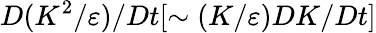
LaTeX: D(K^{2}/\varepsilon)/Dt[\sim(K/\varepsilon)DK/Dt]